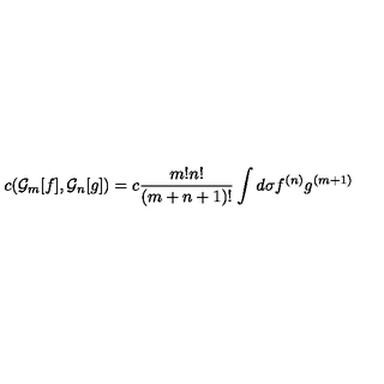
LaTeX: c ( { \cal G } _ { m } [ f ] , { \cal G } _ { n } [ g ] ) = c { \frac { m ! n ! } { ( m + n + 1 ) ! } } \int d \sigma f ^ { ( n ) } g ^ { ( m + 1 ) }